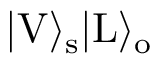
| \mathrm { V } \rangle _ { \mathrm { s } } | \mathrm { L } \rangle _ { \mathrm { o } }